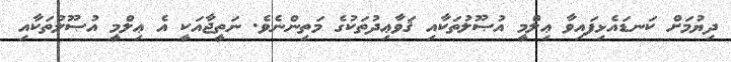
ދިޔުމަށް ކަނޑައެޅިފައިވާ ޢިލްމީ އުޞޫލުތަކާއި ޤަވާޢިދުތަކުގެ މަތިންނެވެ. ނަތީޖާއަކީ އެ ޢިލްމީ އުޞޫލުތަކާއި